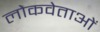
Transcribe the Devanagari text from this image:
लोकवेताओं